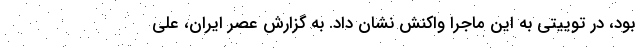
بود، در توییتی به این ماجرا واکنش نشان داد. به گزارش عصر ایران، علی